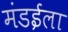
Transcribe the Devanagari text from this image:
मंडईला